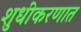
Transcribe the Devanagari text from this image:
शुधीकरणात